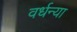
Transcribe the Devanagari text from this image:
वर्धन्या